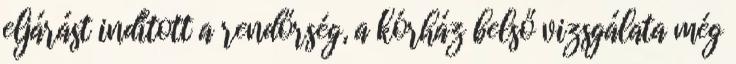
eljárást indított a rendőrség, a kórház belső vizsgálata még